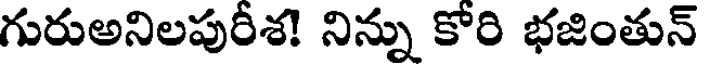
గురుఅనిలపురీశ! నిన్ను కోరి భజింతున్